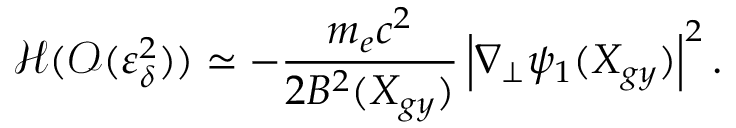
\mathcal { H } ( \mathcal { O } ( \varepsilon _ { \delta } ^ { 2 } ) ) \simeq - \frac { m _ { e } c ^ { 2 } } { 2 B ^ { 2 } ( X _ { g y } ) } \left| \nabla _ { \perp } \psi _ { 1 } ( X _ { g y } ) \right| ^ { 2 } .